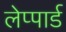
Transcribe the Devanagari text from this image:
लेप्पार्ड